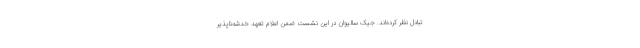
تبادل نظر کرده‌اند. جیک سالیوان در این نشست ضمن اعلام تعهد خدشه‌ناپذیر